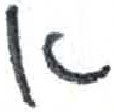
אות: א